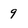
Character: 9